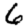
Digit: 6